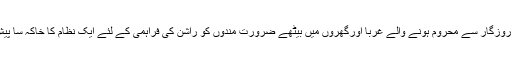
گزشتہ کالم میں وبا کے دوران روزگار سے محروم ہونے والے غربا اورگھروں میں بیٹھے ضرورت مندوں کو راشن کی فراہمی کے لئے ایک نظام کا خاکہ سا پیش کرنے کی جسارت کی تھی ۔